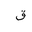
Letter: _qaf